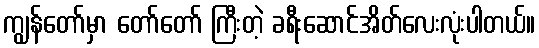
ကျွန်တော်မှာ တော်တော် ကြီးတဲ့ ခရီးဆောင်အိတ်လေးလုံးပါတယ်။